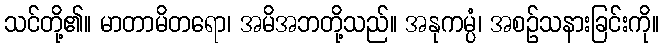
သင်တို့၏။ မာတာမိတရော၊ အမိအဘတို့သည်။ အနုကမ္ပံ၊ အစဉ်သနားခြင်းကို။